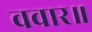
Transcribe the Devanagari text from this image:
ववार॥